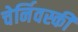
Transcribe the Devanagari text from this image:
चेर्निवस्की